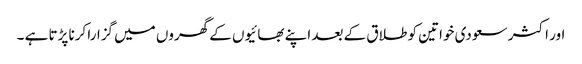
اور اکثر سعودی خواتین کو طلاق کے بعد اپنے بھائیوں کے گھروں میں گزارا کرنا پڑتا ہے ۔